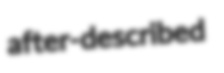
after-described